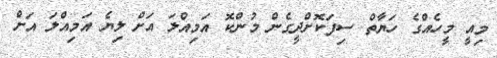
މިއީ މީހެއްގެ ހަޔާތް ސިފަކޮށްދީގެން މުންކޮ އަމިއްލަ އަށް ލިޔެ އަމިއްލަ އަށް